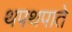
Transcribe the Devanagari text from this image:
थपथपाते